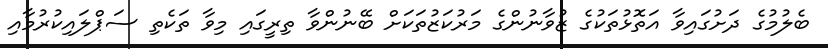
ބެލުމުގެ ދަށުގައިވާ އަތޮޅުތަކުގެ ޒުވާނުންގެ މަރުކަޒުތަކަށް ބޭނުންވާ ތިރީގައި މިވާ ތަކެތި ސަޕްލައިކުރުމާއި